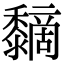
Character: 𪐏